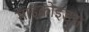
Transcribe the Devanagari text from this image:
माइक्रोइड्स